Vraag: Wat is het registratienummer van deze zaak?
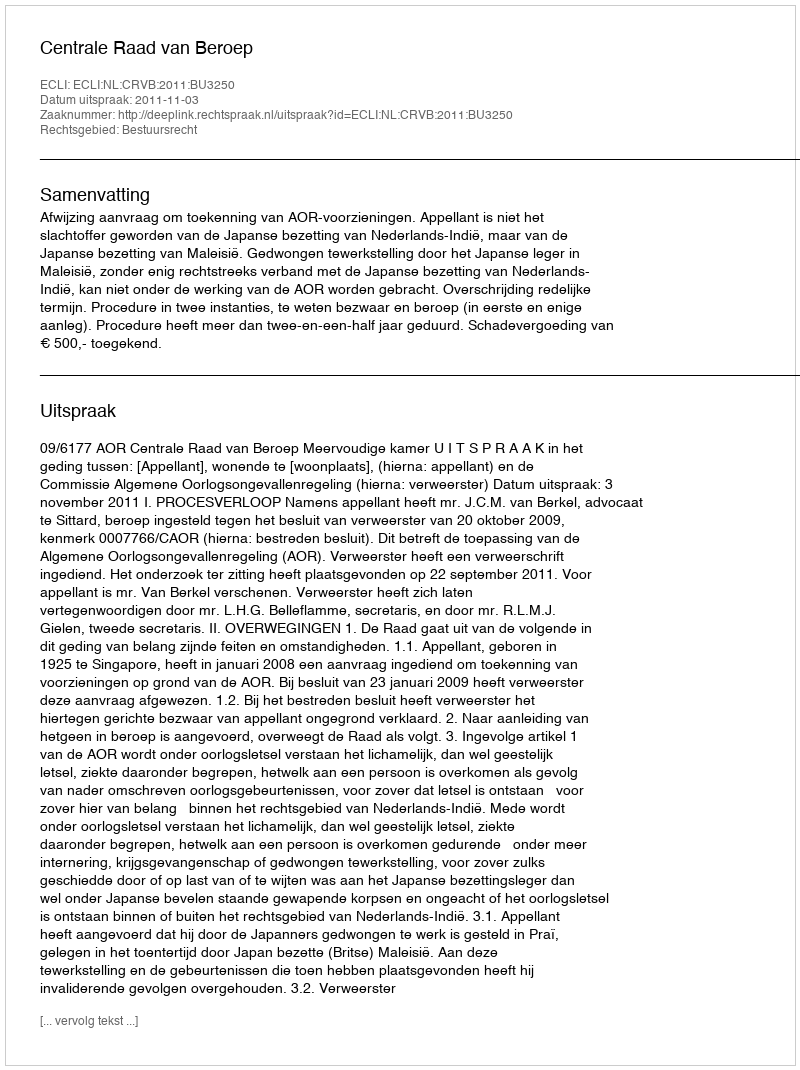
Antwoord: http://deeplink.rechtspraak.nl/uitspraak?id=ECLI:NL:CRVB:2011:BU3250